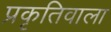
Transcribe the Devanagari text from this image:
प्रकृतिवाला